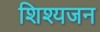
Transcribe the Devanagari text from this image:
शिश्यजन